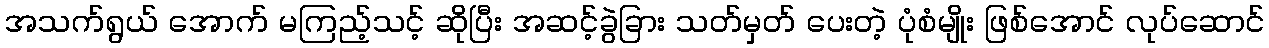
အသက်ရွယ် အောက် မကြည့်သင့် ဆိုပြီး အဆင့်ခွဲခြား သတ်မှတ် ပေးတဲ့ ပုံစံမျိုး ဖြစ်အောင် လုပ်ဆောင်